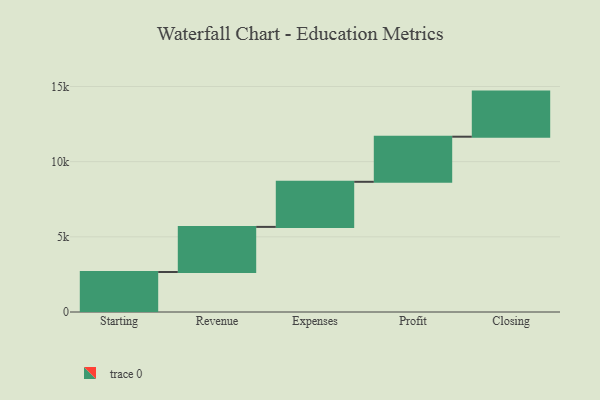
{"axis": {"x": "Step", "y": "Value"}, "legend": [""], "data": [{"x": "Starting", "y": 2661.0, "type": ""}, {"x": "Revenue", "y": 3000, "type": ""}, {"x": "Expenses", "y": 3000, "type": ""}, {"x": "Profit", "y": 3000, "type": ""}, {"x": "Closing", "y": 3000, "type": ""}]}